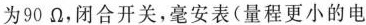
为90Ω，闭合开关，毫安表(量程更小的电